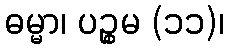
ဓမ္မာ၊ ပဉ္စမ (၁၁)၊